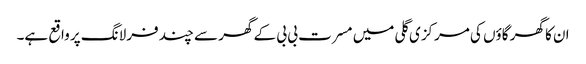
ان کا گھر گاؤں کی مرکزی گلی میں مسرت بی بی کے گھر سے چند فرلانگ پر واقع ہے۔